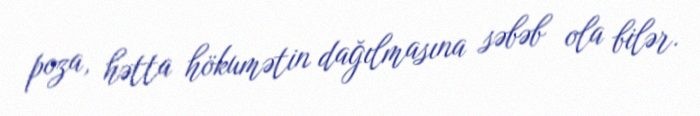
poza, hətta hökumətin dağılmasına səbəb ola bilər.